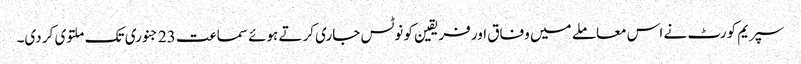
سپریم کورٹ نے اس معاملے میں وفاق اور فریقین کو نوٹس جاری کرتے ہوئے سماعت 23 جنوری تک ملتوی کر دی۔